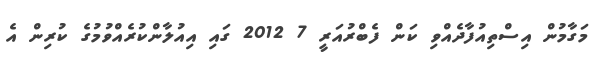
މަގާމުން އިސްތިއުފާދެއްވި ކަން ފެބްރުއަރީ 7 2012 ގައި އިއުލާންކުރެއްވުމުގެ ކުރިން އެ